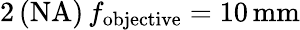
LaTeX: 2\, (\textup{NA})\, f_{\mathrm{objective}}=10\, \textup{mm}